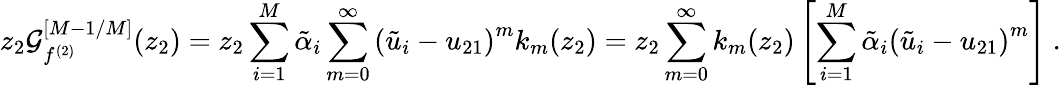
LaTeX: z_{2}{\cal G}_{f^{(2)}}^{[M-1/M]}(z_{2})=z_{2}\sum_{i=1}^{M}{\tilde{\alpha}}_{i}\sum_{m=0}^{\infty}\left({\tilde{u}}_{i}-u_{21}\right)^{m}k_{m}(z_{2})=z_{2}\sum_{m=0}^{\infty}k_{m}(z_{2})\left[\sum_{i=1}^{M}{\tilde{\alpha}}_{i}\left({\tilde{u}}_{i}-u_{21}\right)^{m}\right]\ .